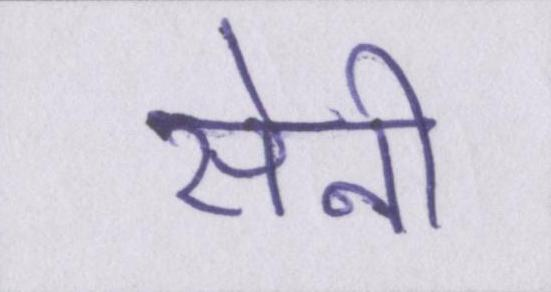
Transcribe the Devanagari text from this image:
सेनी